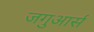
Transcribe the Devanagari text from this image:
जगुआर्स